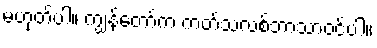
မဟုတ်ပါ။ ကျွန်တော်က ကတ်သလစ်ဘာသာဝင်ပါ။